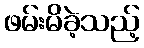
ဖမ်းမိခဲ့သည့်